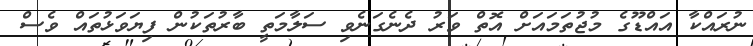
ނުރައްކާ އައްޑޫގެ މުޖުތަމައަށް އޮތް ވަރު ދެނެގަނެވި ސަލާމަތީ ބާރުތަކުން ފިޔަވަޅުތައް ވެސް